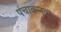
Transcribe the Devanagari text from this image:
पंचावन्नवा